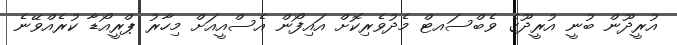
އުރީދޫން ބުނީ އުރީދޫގެ ވެބްސައޓް މެދުވެރިކޮށް އައިފޯން އެސްއީއަށް މިހާރު ޕްރީއޯޑާ ކުރެއްވޭނެ